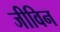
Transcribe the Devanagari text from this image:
जीविन